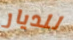
للديار